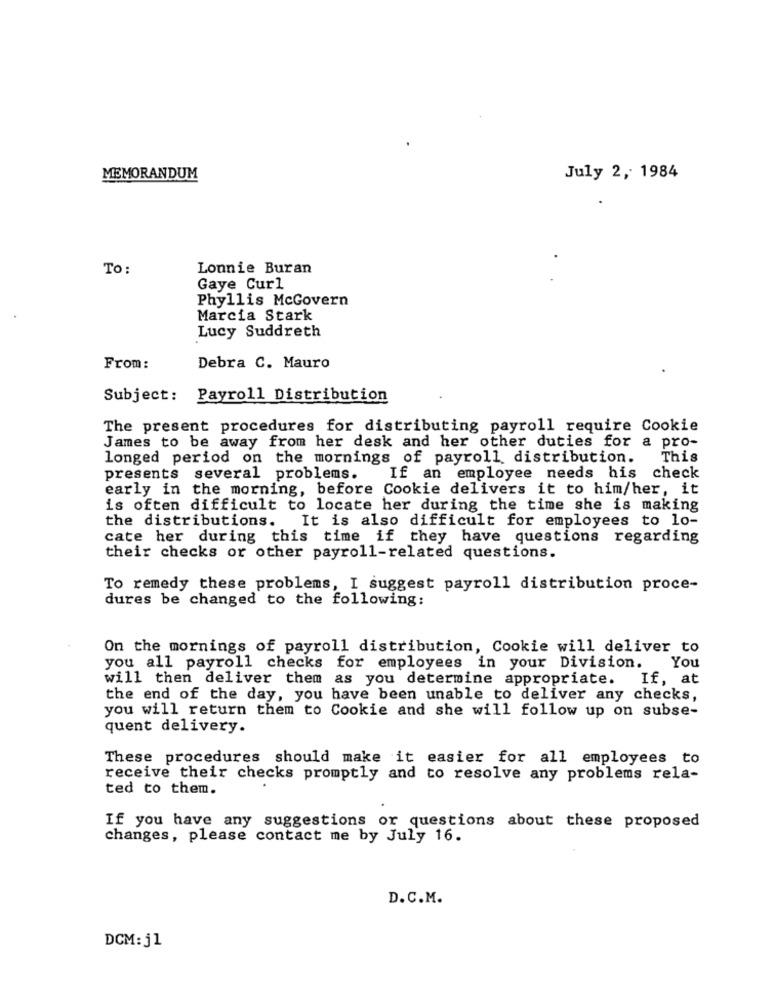
MEMORANDUM
July 2, 1984
To :
Lonnie Buran
Gaye Curl
Phyllis McGovern
Marcia Stark
Lucy Suddreth
From:
Debra C. Mauro
Subject:
Payroll Distribution
The present procedures for distributing payroll require Cookie
James to be away from her desk and her other duties for a pro-
longed period on the mornings of payroll distribution.
This
presents several problems.
If an employee needs his
check
early in the morning, before Cookie delivers it to him/her, it
is often difficult to locate her during the time she is making
the distributions. It is also difficult for employees to lo-
cate her during this time if they have questions regarding
their checks or other payroll-related questions.
To remedy these problems, I suggest payroll distribution proce-
dures be changed to the following:
On the mornings of payroll distribution, Cookie will deliver to
you all payroll checks for employees in your Division.
You
will then deliver them as you determine appropriate.
If, at
the end of the day, you have been unable to deliver any checks,
you will return them to Cookie and she will follow up on subse-
quent delivery.
These procedures should make it easier for all employees to
receive their checks promptly and to resolve any problems rela-
ted to them.
If you have any suggestions or questions about these proposed
changes, please contact me by July 16.
D.C.M.
DCM: j1